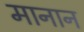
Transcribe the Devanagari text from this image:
मानान